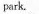
park.